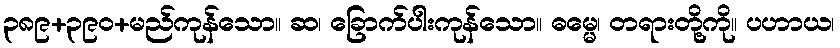
၃၈၉+၃၉၀+မည်ကုန်သော။ ဆ၊ ခြောက်ပါးကုန်သော။ ဓမ္မေ၊ တရားတို့ကို။ ပဟာယ၊